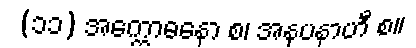
(၁၁) အက္ကောဓနော စ၊ အနုပနာဟီ စ။